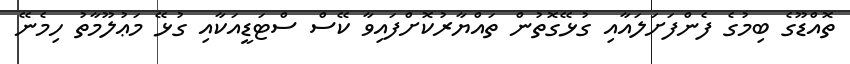
ތޮއްޑޫގެ ބިމުގެ ފެންފަށަލައާއި ގުޅޭގޮތުން ތައްޔާރުކޮށްފައިވާ ކޭސް ސްޓަޑީއަކާއި ގުޅޭ މަޢުލޫމާތު ހިމެނޭ